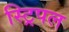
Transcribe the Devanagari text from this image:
स्ट्रिपल